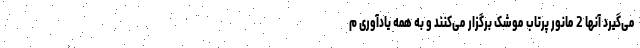
می‌گیرد آنها 2 مانور پرتاب موشک برگزار می‌کنند و به همه یادآوری م